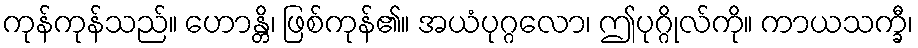
ကုန်ကုန်သည်။ ဟောန္တိ၊ ဖြစ်ကုန်၏။ အယံပုဂ္ဂလော၊ ဤပုဂ္ဂိုလ်ကို။ ကာယသက္ခီ၊